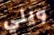
ويلي